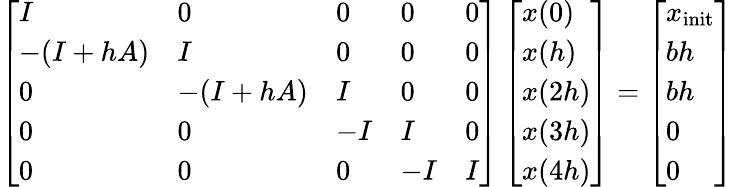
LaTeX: \left[\begin{array}{lllll}{I}&{0}&{0}&{0}&{0}\\ {-(I+hA)}&{I}&{0}&{0}&{0}\\ {0}&{-(I+hA)}&{I}&{0}&{0}\\ {0}&{0}&{-I}&{I}&{0}\\ {0}&{0}&{0}&{-I}&{I}\end{array}\right]\left[\begin{array}{l}{x(0)}\\ {x(h)}\\ {x(2h)}\\ {x(3h)}\\ {x(4h)}\end{array}\right]=\left[\begin{array}{l}{x_{\mathrm{init}}}\\ {bh}\\ {bh}\\ {0}\\ {0}\end{array}\right]